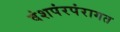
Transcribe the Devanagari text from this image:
वंशपंरपंरागत